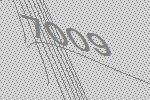
7009